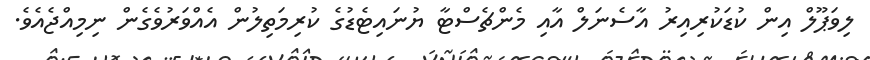
ލިވަޕޫލް އިން ކުޑަކުރިއިރު އާސެނަލް އާއި މެންޗެސްޓާ ޔުނައިޓެޑުގެ ކުރިމަތިލުން އެއްވަރުވެގެން ނިމިއްޖެއެވެ.